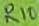
Text: R10